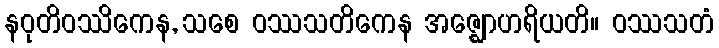
နဝုတိဝဿိကေန, သစေ ဝဿသတိကေန အဇ္ဈောဟရိယတိ။ ဝဿသတံ